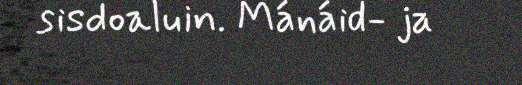
sisdoaluin. Mánáid- ja